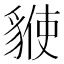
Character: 𧳡